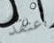
أعتقد